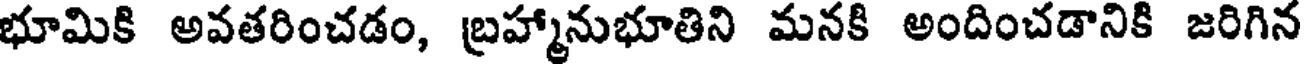
భూమికి అవతరించడం, బ్రహ్మానుభూతిని మనకి అందించడానికి జరిగిన